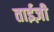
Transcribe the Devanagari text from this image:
ताईज़ी